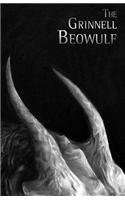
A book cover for The Grinnell Beowulf; Timothy D. Arner; Literature & Fiction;